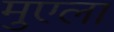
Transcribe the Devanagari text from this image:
मुएला